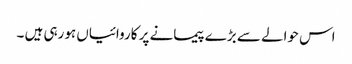
اس حوالے سے بڑے پیمانے پر کاروائیاں ہورہی ہیں ۔